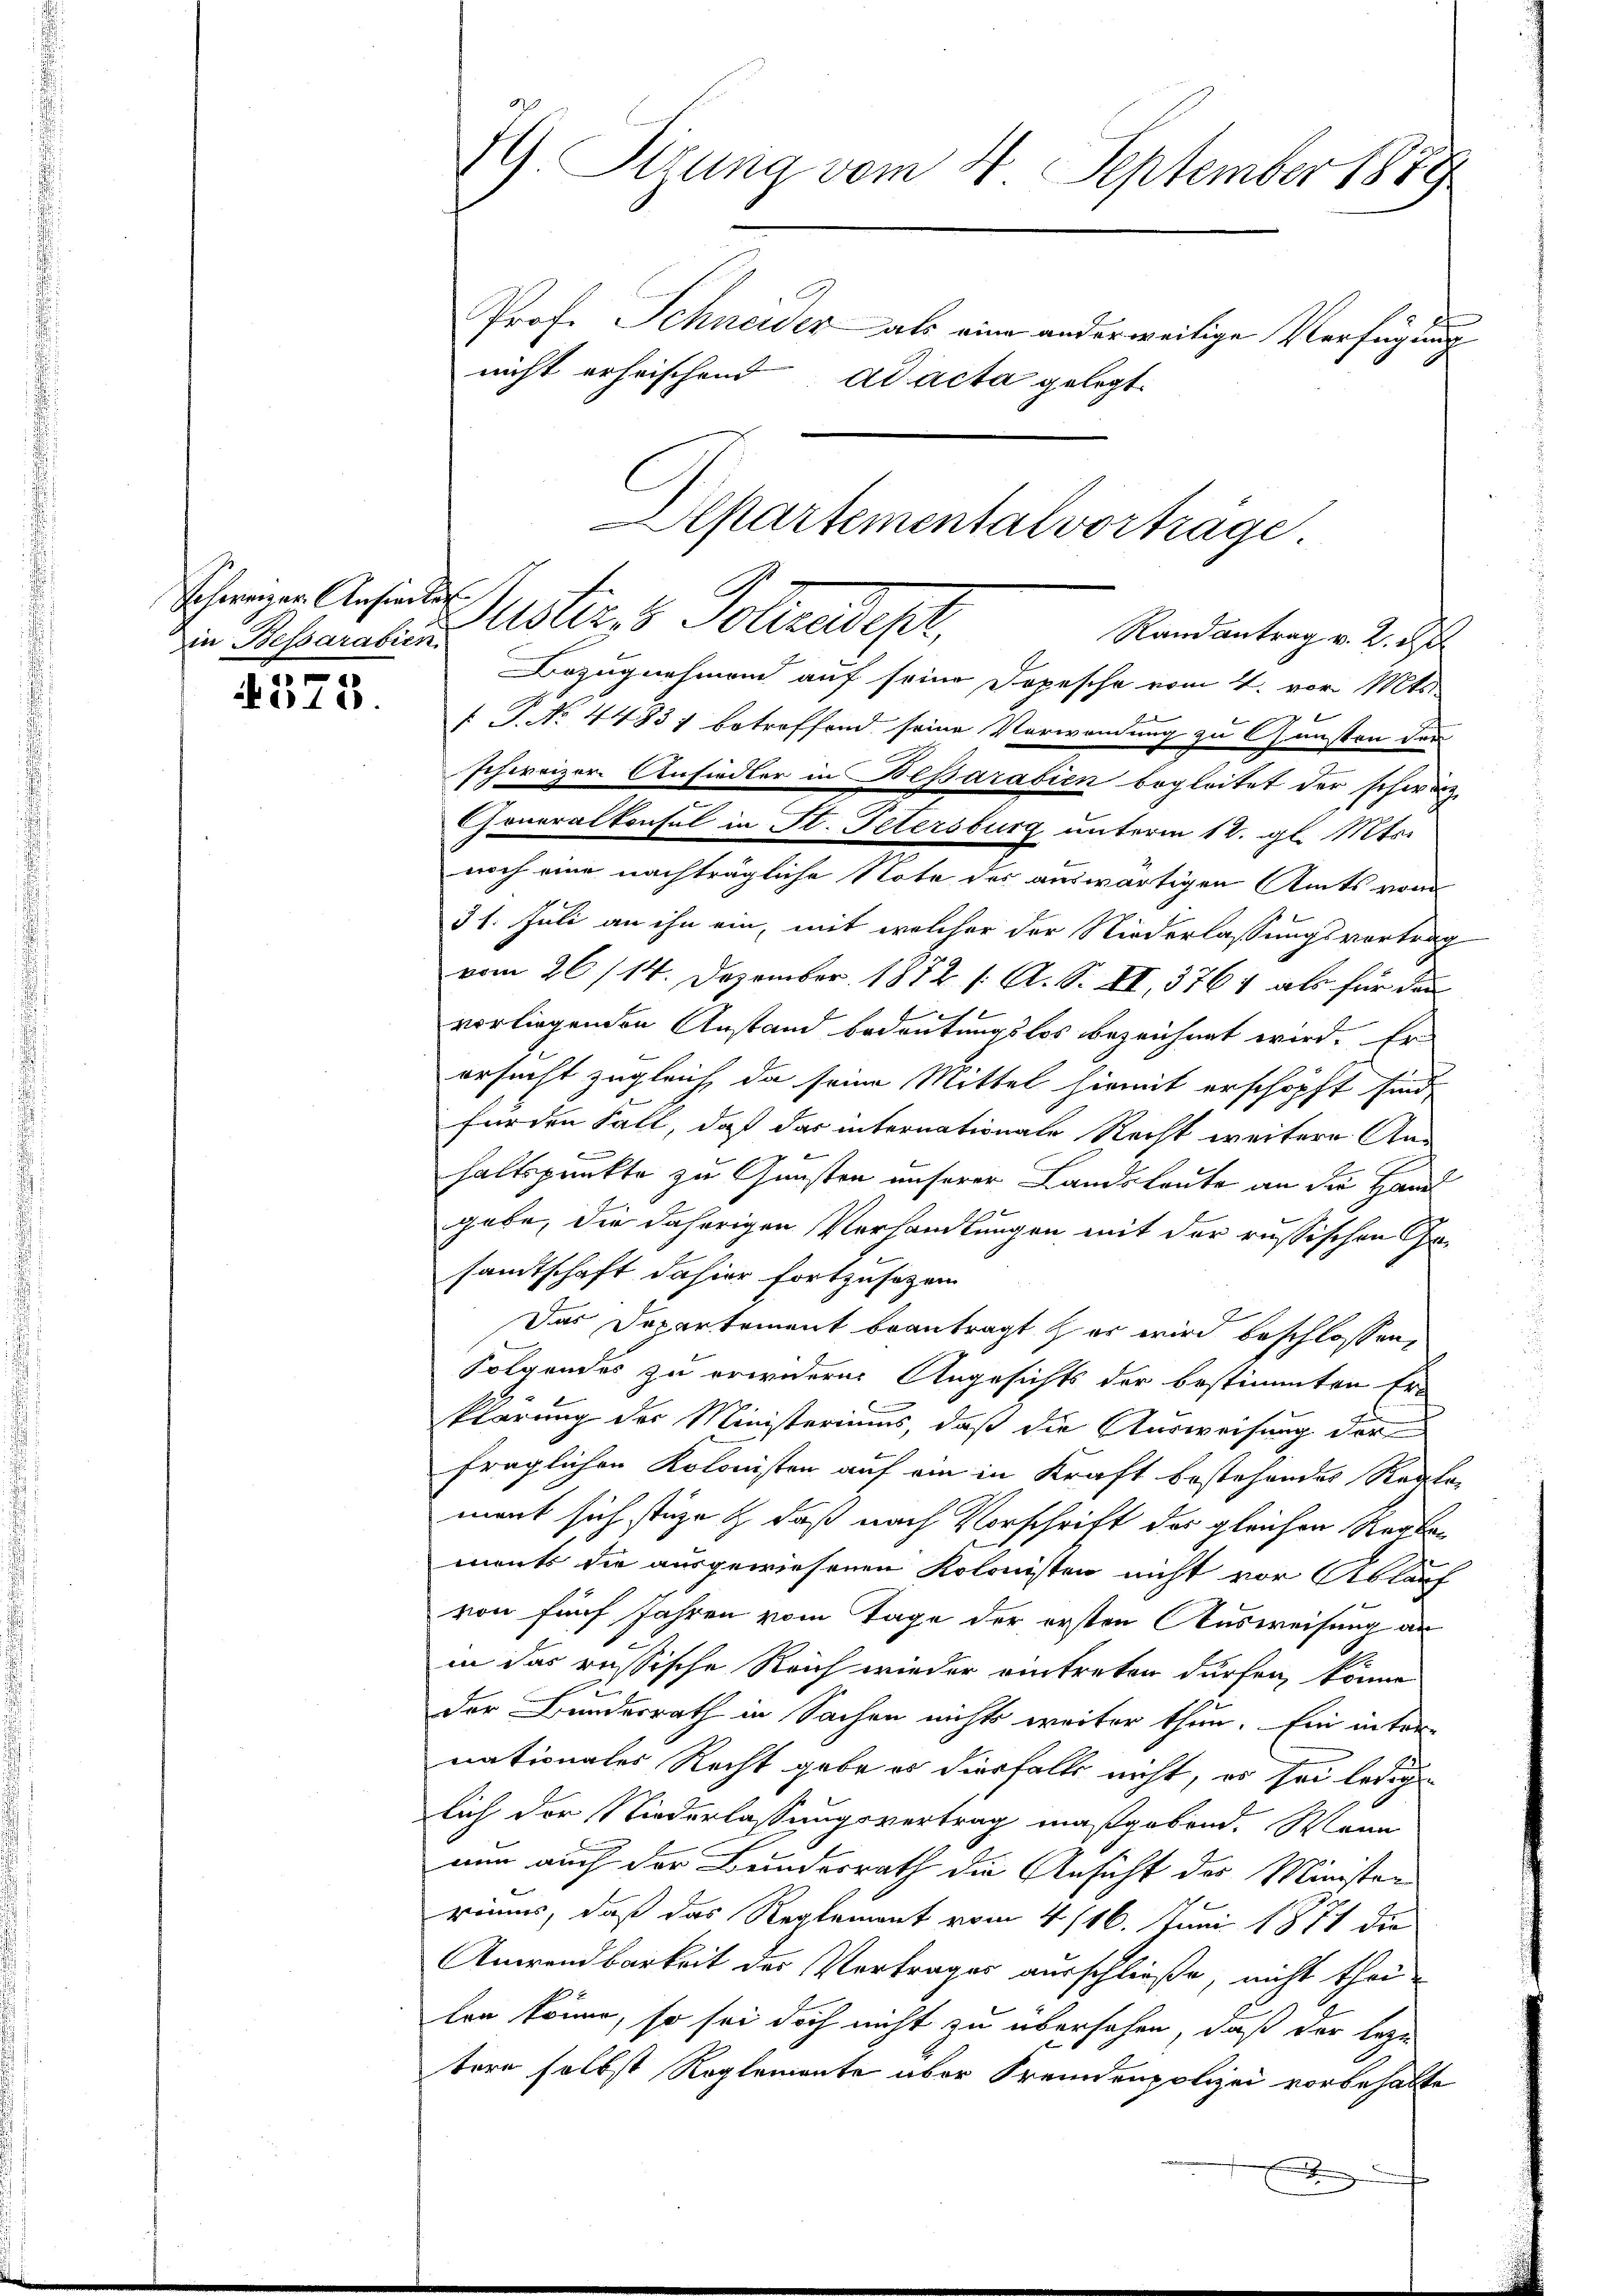
Schweizer Ansiedle
5

Aber 185.

79 Sirung vom 4. September 1889
nicht erheischend ad acta gelegt
epartementalvorträge.

in Reparation Uster, 8 Polizeidepar
Randantrag v. 2. St

Bezugnahmen auf seine Dopesche vom 4. vor. Mts.
erwart
 P. No 44831 betreffend seine Verwendung zu Gunsten den
schweizer Ansiedler in Beparabien begleitet der schwarz
Generalkonsul in St. Petersburg unterm 12. gl. Mts.
noch eine nachträgliche Note des auswärtigen Amts vom
31. Juli an ihn ein, mit welcher der Niederlassungsvortrag
vom 26/14. Dezember 1872 f. A. S. II, 376, als für dan
vorliegenden Anstand bedeutungslos bezeichnet wird. Er
ersucht zugleich, da seine Mittel hiemit erschöpft sind,
fürden Fall, daß das internationale Recht weitere Anhaltspunkte zu Gunsten unserer Landsleute an die Hand
gebe, die daherigen Verhandlungen mit der russischen Gesandtschaft dahier fortzusehen.
Das Departement beantragt er wird beschlossen,
Folgendes zu erwidern Angesichts der bestimmten Er-
klärung der Ministeriums, daß die Ausweisung der
fraglichen Kolonisten auf ein in Kraft bestehendes Regle-
ment sich stüze & daß nach Vorschrift des gleichen Reglements die ausgewiesenen Kolonisten nicht vor Ablauf
von fünf Jahren vom Tage der ersten Ausweisung an
in das russische Reich wieder vertreten dürfen, könne
der Bundesrath in Sachen nichts weiter thun. Ein inter-
nationales Recht gabe es diesfalls nicht, es sei ledigen
lich der Niederlassungsvertrag maßgebend. Mann
nun auch der Bundesrath die Ansicht des Ministen
riums, daß das Reglement vom 4. 116. Juni 1874 die
Anwendbarkeit des Vertrages ausschließe, nicht theilen könne, so sei doch nicht zu übersehen, daß der lege
tere selbst Reglemente über Fremdenpolizei vorbehalte
e

Prof. Schneider als eine anderweitige Verfügung